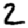
Digit: 2